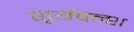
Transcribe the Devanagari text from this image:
सूर्यवन्श